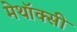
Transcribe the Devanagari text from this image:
मेथॉक्सी